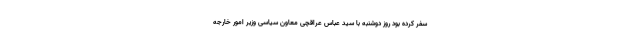
سفر کرده بود روز دوشنبه با سید عباس عراقچی معاون سیاسی وزیر امور خارجه